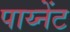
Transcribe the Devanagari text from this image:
पाय्नेंट